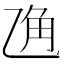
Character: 𱎆